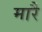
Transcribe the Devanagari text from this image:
मारै